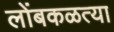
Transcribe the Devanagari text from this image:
लोंबकळत्या